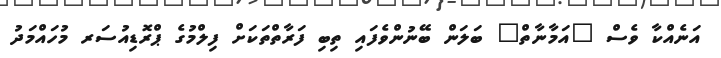
އަނެއްކާ ވެސް "އަމާނާތް" ބަލަން ބޭނުންވެފައި ތިބި ފަރާތްތަކަށް ފިލްމުގެ ޕްރޮޑިއުސަރ މުހައްމަދު